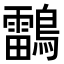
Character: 𪆼